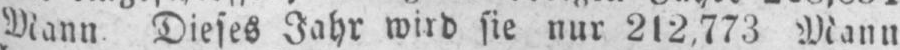
Mann Dieses Jahr wird sie nur 212,773 Mann